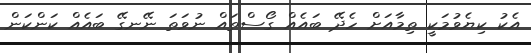
އެކު ކިޔެވުމަކީ ތިމާއަށް ހެދޭ ބައެއް ގޯސްތައް ނުވަތަ ނޭނގޭ ބައެއް ކަންކަން